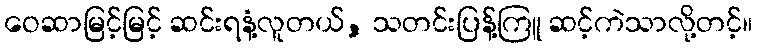
ဝေဆာမြင့်မြင့် ဆင်းရနံ့လူတယ်, သတင်းပြန့်ကြူ ဆင့်ကဲသာလို့တင့်။